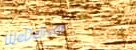
WeDeliver